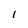
Character: 1